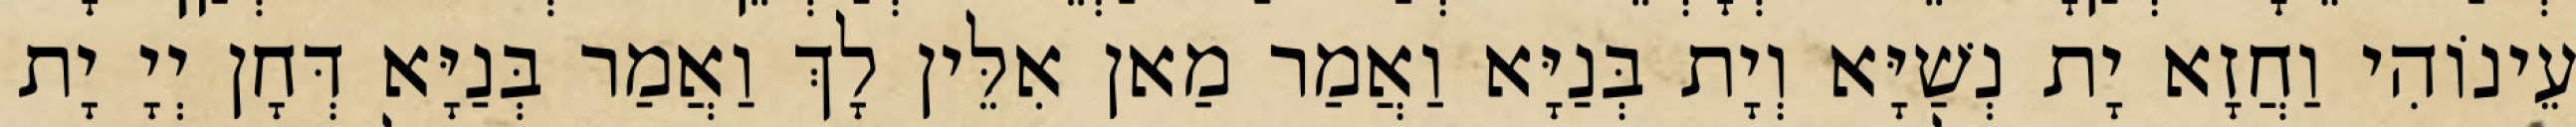
עֵינוֹהִי וַחֲזָא יָת נְשַׁיָּא וְיָת בְּנַיָּא וַאֲמַר מַאן אִלֵּין לָךְ וַאֲמַר בְּנַיָּא דְּחָן יְיָ יָת